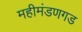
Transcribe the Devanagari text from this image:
महीमंडणगड